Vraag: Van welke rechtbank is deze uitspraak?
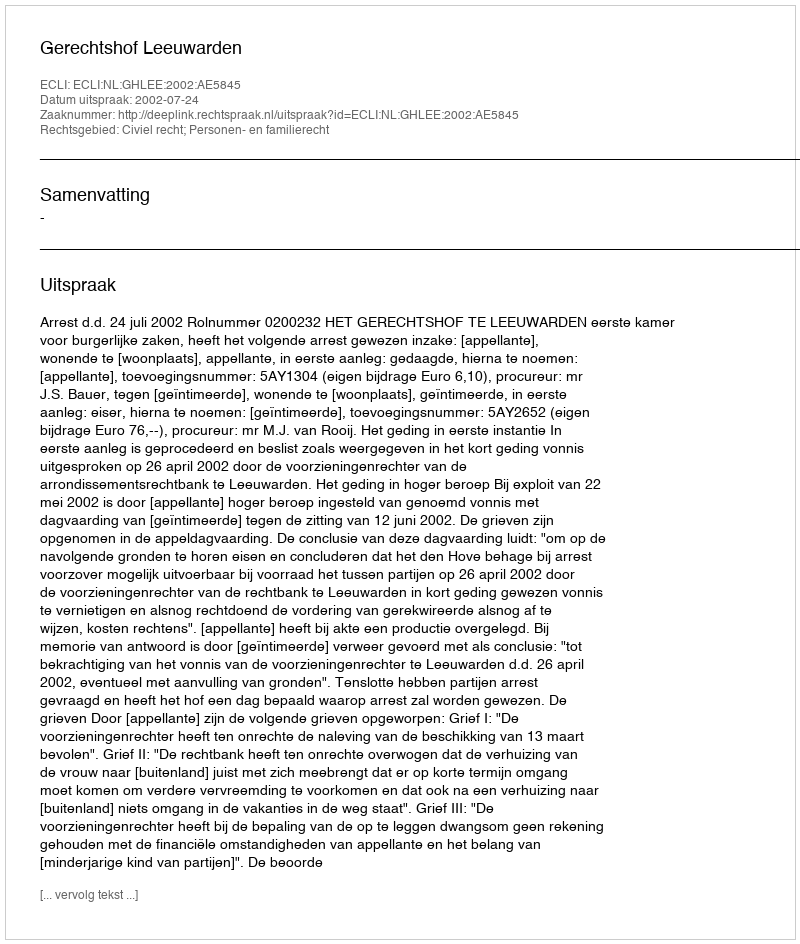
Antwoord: Gerechtshof Leeuwarden